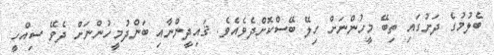
ބެލުމުގެ ދަށުގައި ތިބޭ މީހުންނަށް ހިލޭ ބޭސްކޮށްދެވެއެވެ. ޤައިދީންނާއި ބަންދުމީހުންނަށް ދެވޭ ސިއްހީ